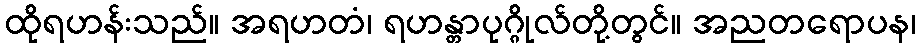
ထိုရဟန်းသည်။ အရဟတံ၊ ရဟန္တာပုဂ္ဂိုလ်တို့တွင်။ အညတရောပန၊